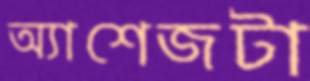
অ্যাশেজটা